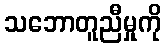
သဘောတူညီမှုကို